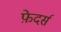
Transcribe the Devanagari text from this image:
फ़ेदर्स